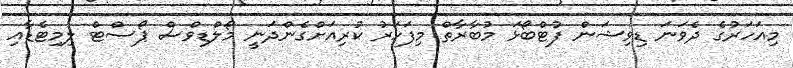
މިއަހަރުގެ ދެވަނަ ޑިވިޝަން ފުޓްބޯޅަ މުބާރާތް މިފަހަރު ކުރިއަށްގެންދަނީ މޯލްޑިވްސް ޕޯސްޓް ލިމިޓެޑާއި